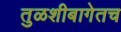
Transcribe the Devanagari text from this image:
तुळशीबागेतच